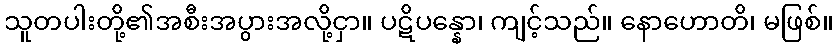
သူတပါးတို့၏အစီးအပွားအလို့ငှာ။ ပဋိပန္နော၊ ကျင့်သည်။ နောဟောတိ၊ မဖြစ်။